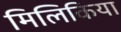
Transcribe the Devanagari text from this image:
मिलिकिया